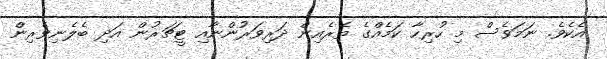
އެކެވެ. ނަމަވެސް މި ހުރިހާ ކަމެއްގެ ތެރެއިން ދަރިވަރުންނާއި ޓީޗަރުން އަދި ބެލެނިވެރިން